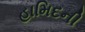
હામિદની